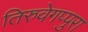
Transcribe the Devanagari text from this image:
तिरुवेगप्पुरा